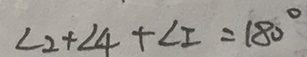
\angle 2 + \angle 4 + \angle I = 1 8 0 ^ { \circ }